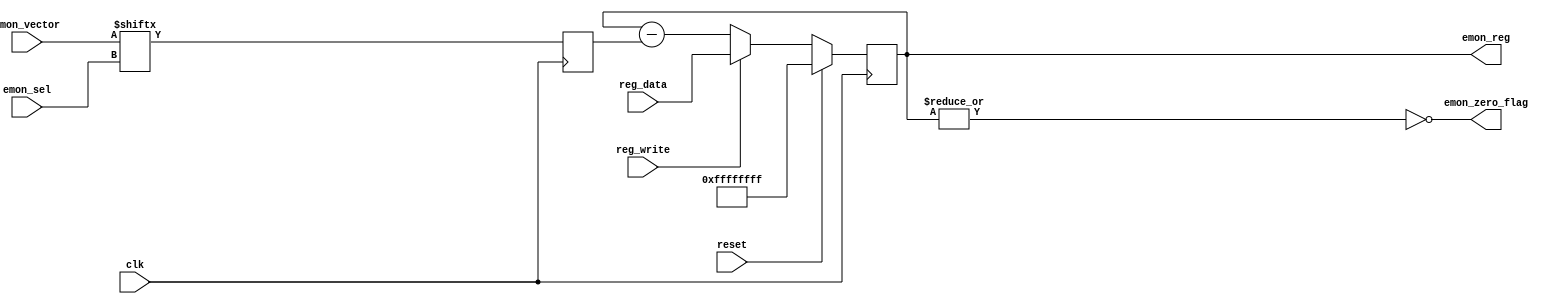
module emon_counter (/*AUTOARG*/
   // Outputs
   emon_reg, emon_zero_flag,
   // Inputs
   clk, reset, emon_vector, emon_sel, reg_write, reg_data
   );

   /**************************************************************************/
   /*PARAMETERS                                                              */
   /**************************************************************************/
   parameter RFAW = 6;   
   parameter DW   = 32;   
      
   /**************************************************************************/
   /*BASIC INTERFACE                                                         */
   /**************************************************************************/
   input             clk;
   input             reset;
   /**************************************************************************/
   /*CONFIGURATION                                                           */
   /**************************************************************************/
   input [15:0]      emon_vector; //different events to count
   input [3:0]       emon_sel;    //mode selector
   /**************************************************************************/
   /*REGISTER WRITE INTERFACE                                                */
   /**************************************************************************/
   input	     reg_write;
   input  [DW-1:0]   reg_data;
       
   /*********************************************************************** */
   /*MONITOR OUTPUTS                                                        */
   /*************************************************************************/ 
   output [DW-1:0]   emon_reg;      //register value
   output            emon_zero_flag;//monitor is zero
   
   /*************************************************************************/
   /*REGISTERS                                                              */
   /*************************************************************************/    
   reg [DW-1:0]      emon_reg;
   reg 		     emon_input; 
     
   /*************************************************************************/
   /*INPUT MUX                                                              */
   /*************************************************************************/
   always @(posedge clk)
     emon_input <= emon_vector[emon_sel[3:0]];

   /*************************************************************************/
   /*COUNTER                                                                */
   /*************************************************************************/
   always @(posedge clk)
     if(reset)
       emon_reg[DW-1:0]   <= {(DW){1'b1}};    //initialize with max value
     else if(reg_write) 
       emon_reg[DW-1:0]   <= reg_data[DW-1:0];//writeable interface
     else
       emon_reg[DW-1:0]   <= emon_reg[DW-1:0] - {31'b0,emon_input};
      
   /************************************************************************ */
   /*OUTPUTS                                                                 */
   /**************************************************************************/

   //Detecting zero on counter
   assign emon_zero_flag   = ~(|emon_reg[DW-1:0]);

      
endmodule